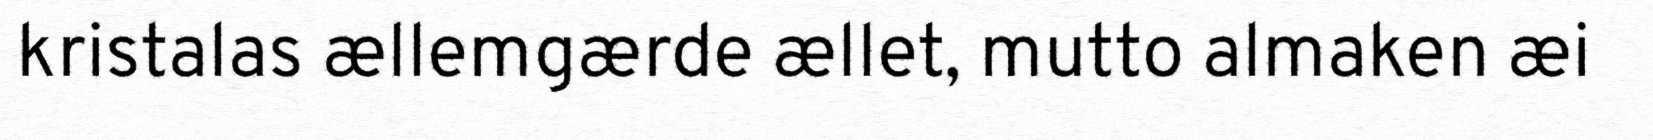
kristalas ællemgærde ællet, mutto almaken æi